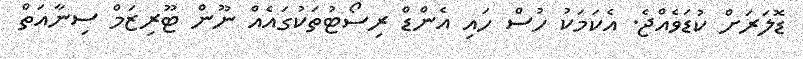
ޑޮލަރަށް ކުޑަވެއްޖެ. އެކަމަކު ހުސް ހައި އެންޑް ރިސޯޓުތަކުގައެއް ނޫން ޓޫރިޒަމް ސިނާއަތް